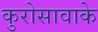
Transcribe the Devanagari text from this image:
कुरोसावाके